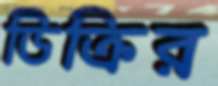
ডিক্রির